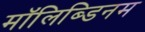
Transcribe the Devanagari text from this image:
मॉलिब्डिनम